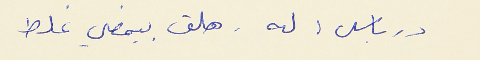
درباس : له . هلق بيمضي غلط